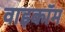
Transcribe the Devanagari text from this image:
वाइकॉम